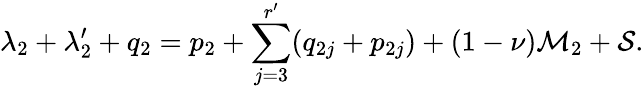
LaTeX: \lambda_{2}+\lambda_{2}^{\prime}+q_{2}=p_{2}+\sum_{j=3}^{r^{\prime}}(q_{2j}+p_{2j})+(1-\nu)\mathcal{M}_{2}+\mathcal{S}.